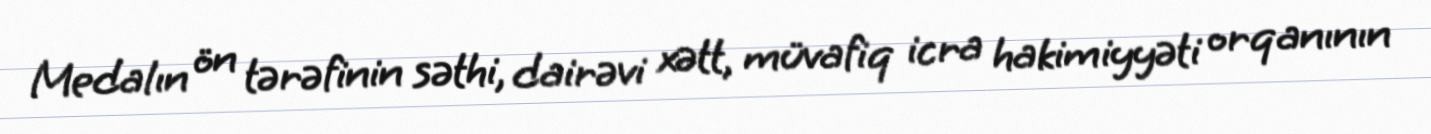
Medalın ön tərəfinin səthi, dairəvi xətt, müvafiq icra hakimiyyəti orqanının